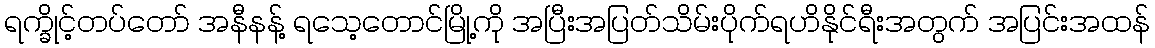
ရက္ခိုင့်တပ်တော် အနီနန့် ရသေ့တောင်မြို့ကို အပြီးအပြတ်သိမ်းပိုက်ရဟိနိုင်ရီးအတွက် အပြင်းအထန်